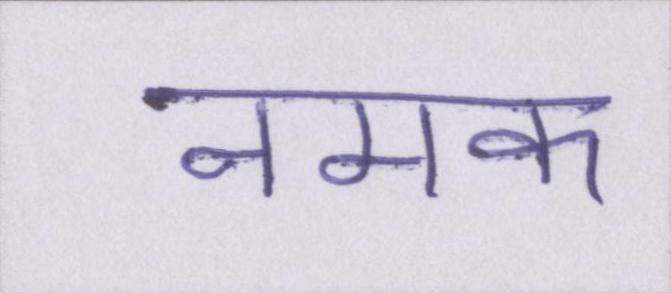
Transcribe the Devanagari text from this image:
नमक